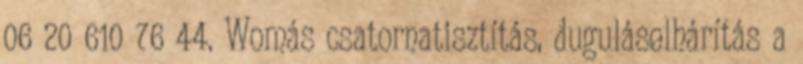
06 20 610 76 44. Womás csatornatisztítás, duguláselhárítás a